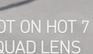
Signature authenticity: forged